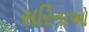
સરિતાઓ